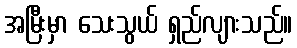
အမြီးမှာ သေးသွယ် ရှည်လျားသည်။